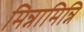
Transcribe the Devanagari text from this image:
मिन्नामिन्नि